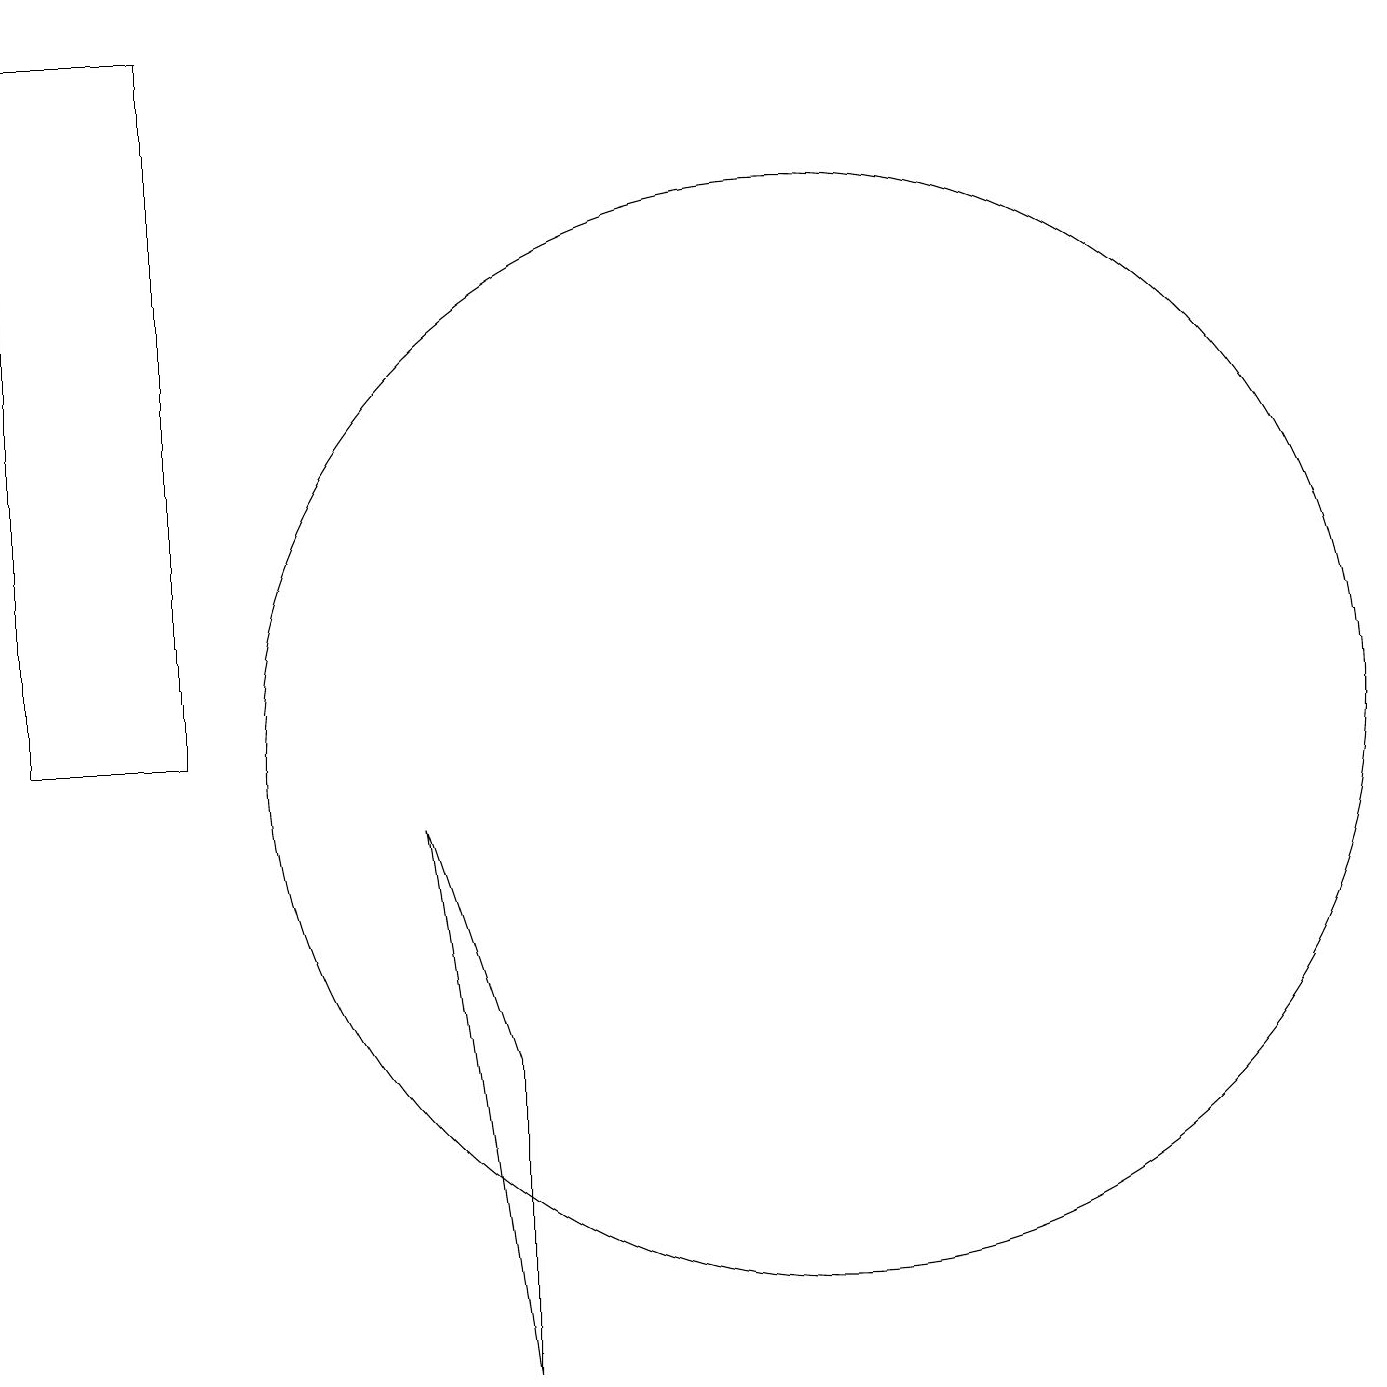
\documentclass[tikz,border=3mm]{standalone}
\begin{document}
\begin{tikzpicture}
\draw (8,2) -- (7,9) -- (8,6) -- cycle;
\draw (4,19) rectangle (2,10);
\draw (12,10) circle (7);
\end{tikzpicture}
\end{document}